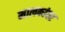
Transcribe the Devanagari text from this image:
मालकांवर